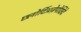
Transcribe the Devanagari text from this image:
छ्लोर्दिअज़ेपोक्षिदे